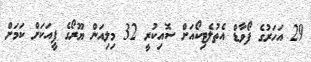
29 އަހަރުގެ ފޯވާޑް އެތުލެޓިކޯއަށް ސޮއިކުރީ 32 މިލިއަން ޔޫރޯގެ ފީއަކަށް ކަމަށް